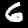
Label: 6